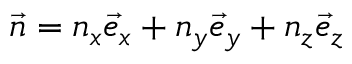
\vec { n } = n _ { x } \vec { e } _ { x } + n _ { y } \vec { e } _ { y } + n _ { z } \vec { e } _ { z }